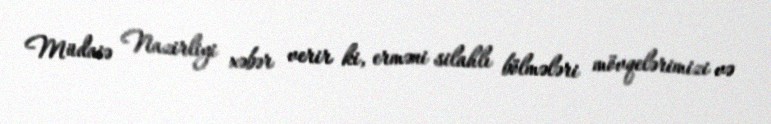
Müdaiə Nazirliyi xəbər verir ki, erməni silahlı bölmələri mövqelərimizi və